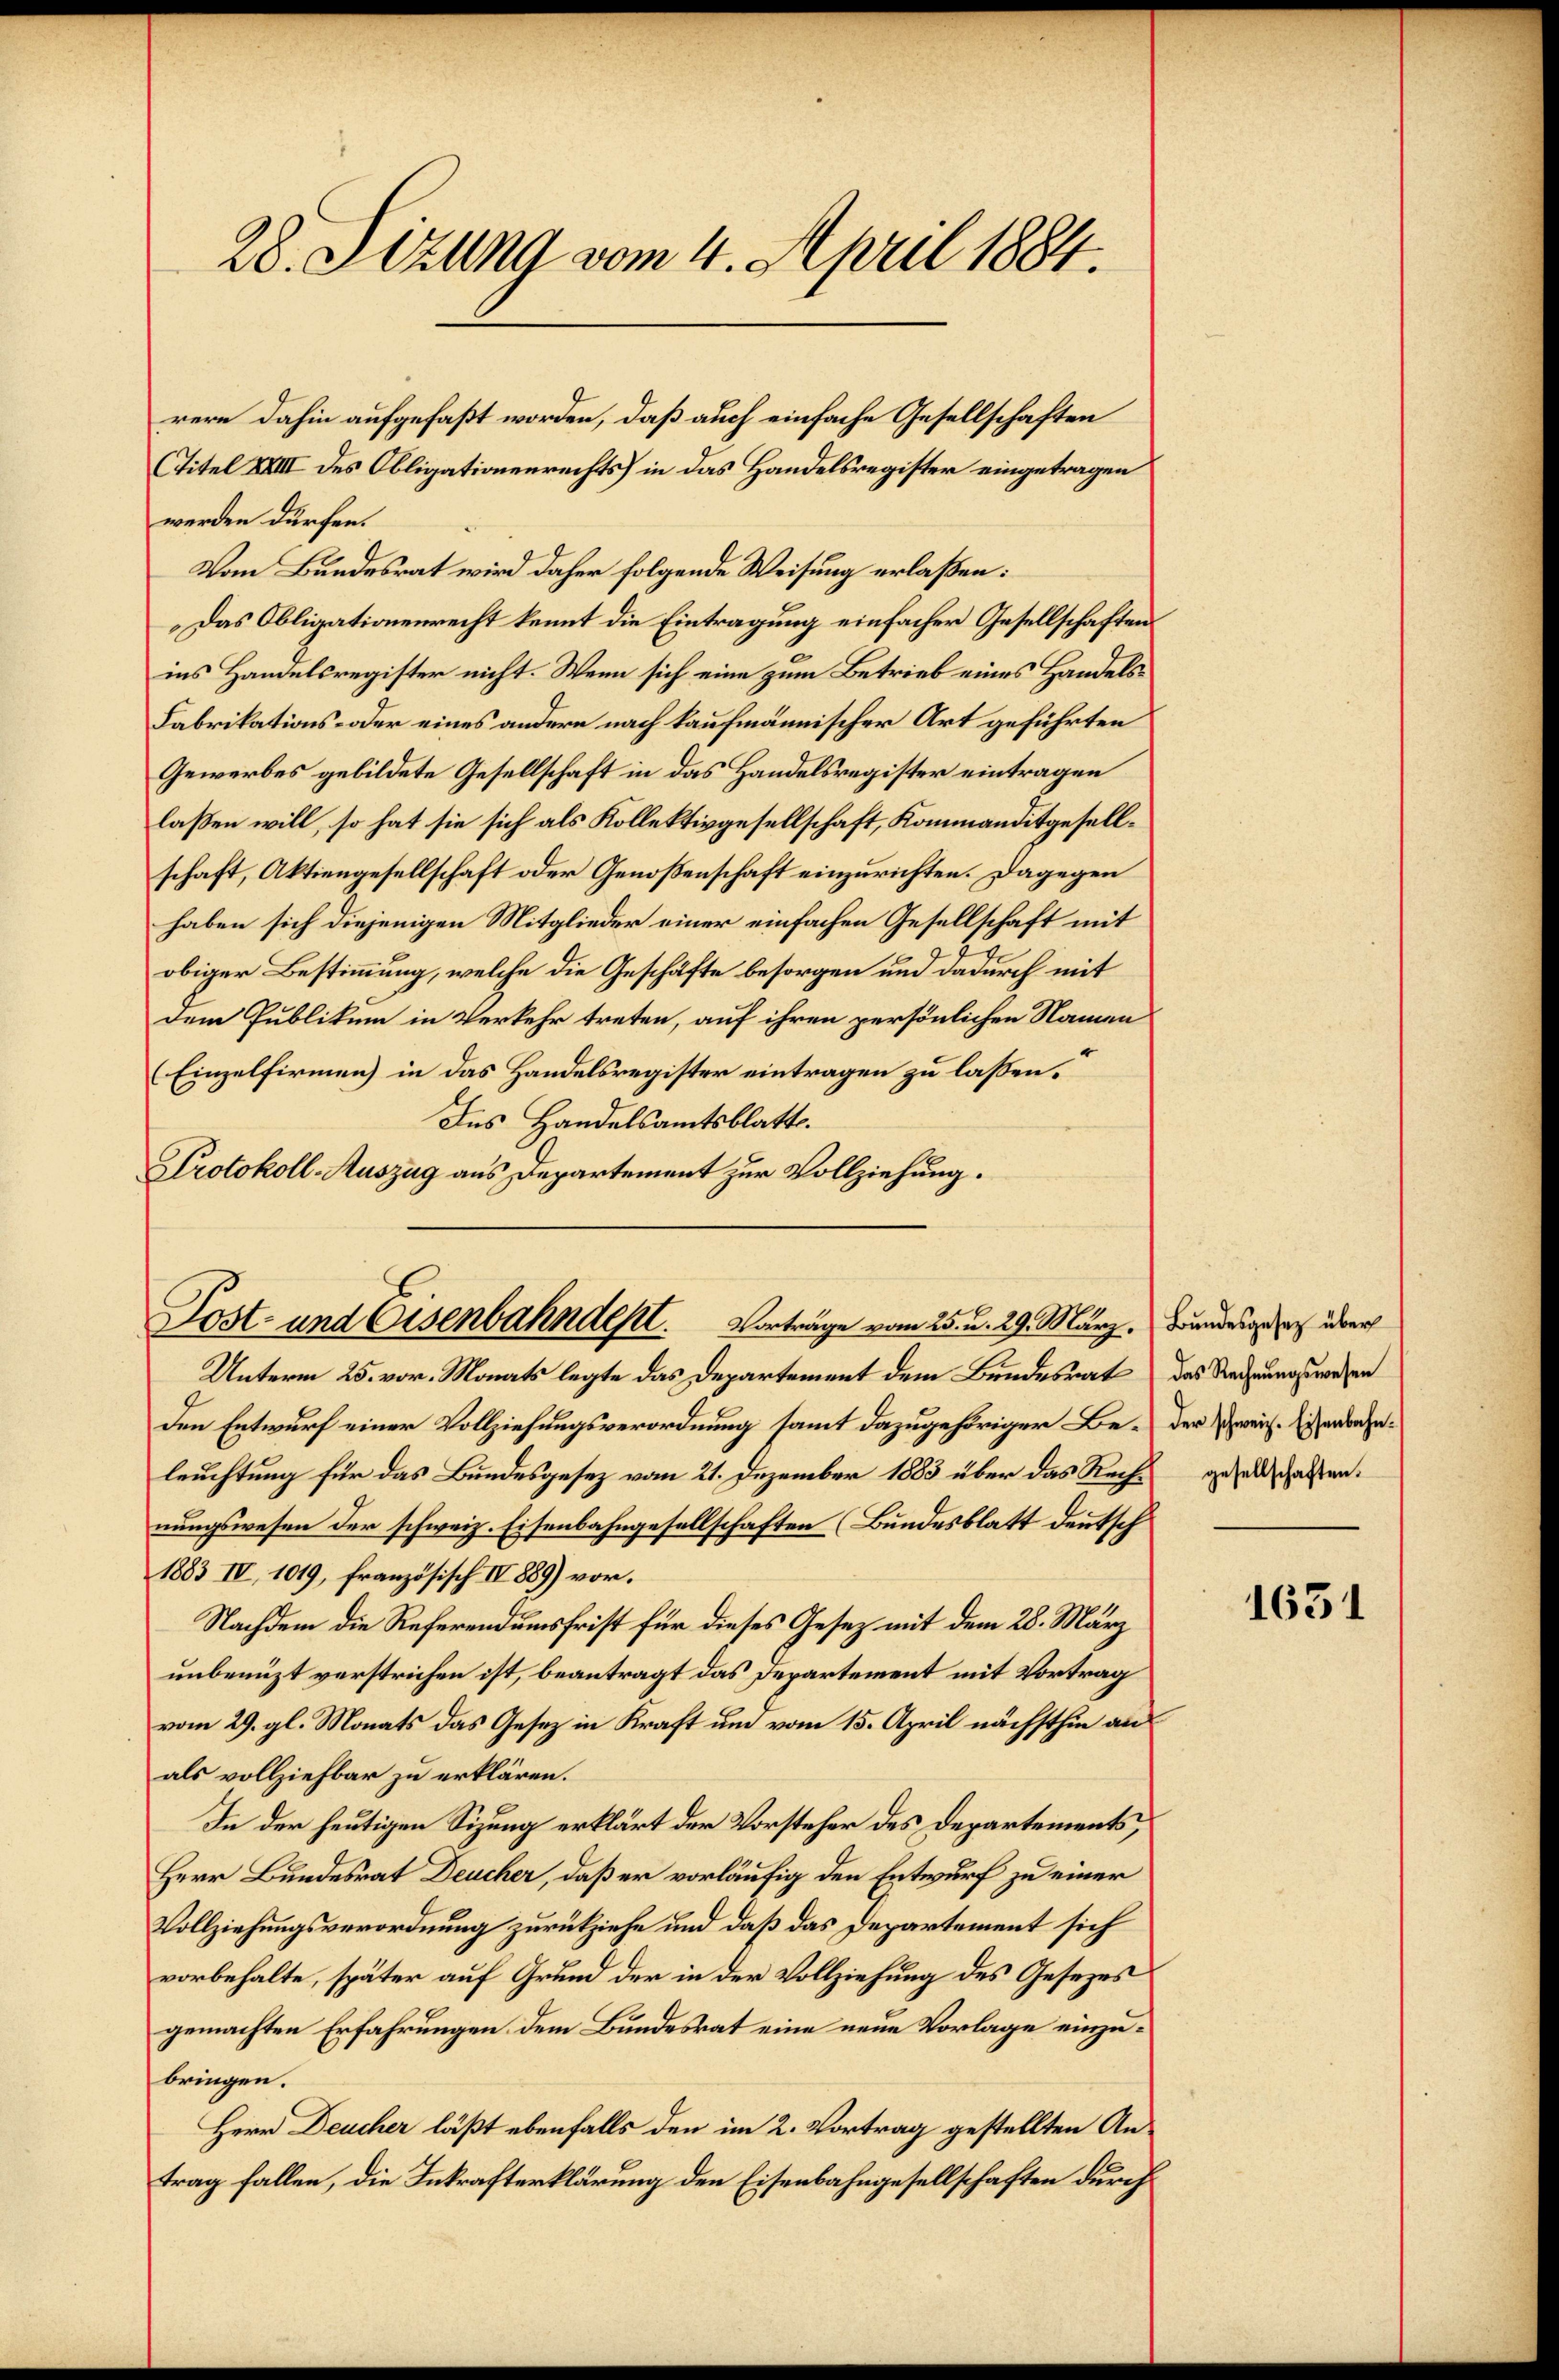
28. Setzung vom 4. April 1884.

(Titel XXIII des Obligationenrechts) in das Handelsregister eingetragen
werden dürfen.
Vom Bundesrat wird daher folgende Weisung erlaßen:
Das Obligationenrecht kennt die Eintragung einfacher Gesellschaften
ins Handelsregister nicht. Wenn sich eine zum Betrieb eines Handels¬
Fabrikations- oder eines andere nach kaufmännischer Art geführten
Gewerbes gebildete Gesellschaft in das Handelsregister eintragen
laßen will, so hat sie sich als Kollektivgesellschaft, Kommanditgesellschaft, Aktiengesellschaft oder Genoßenschaft einzurichten. Dagegen
haben sich diejenigen Mitglieder einer einfachen Gesellschaft mit
obiger Bestimmung, welche die Geschäfte besorgen und dadurch mit
dem Publikum in Verkehr treten, auf ihren persönlichen Namen
Einzelfirmen) in das Handelsregister eintragen zu lassen.
Ins Handelsamtsblatte.
Protokoll-Auszug aus Departement zur Vollziehung.

Post- und Eisenbahndept. Vorträge vom 25. u. 29. März. Bundesgeses über

Unterm 25. vor. Monats legte das Departement dem Bundesrat das Rechnungswesen
den Entwurf einer Vollziehungsverordnung samt dazugehöriger Be- der Zweig. Eisenbahnleuchtung für das Bundesgesez vom 21. Dezember 1883 über das Recht gesellschaffen.
nungswesen der schweiz. Eisenbahngesellschaften (Bundesblatt deutsch
1883 IV, 1019, französisch IV 889) vor.
Nachdem die Referendumsfrist für dieses Gesez mit dem 28. März
unbenuzt verstrichen ist, beantragt das Departement mit Vortrag
vom 29. gl. Monats das Gesetz in Kraft und vom 15. April nächsthin an
als vollziehbar zu erklären.
In der heutigen Sizung erklärt der Vorsteher des Departements,
Herr Bundesrat Deucher, daß er vorläufig den Entwurf zu einer
Vollziehungsverordnung zurückziehe und daß das Departement sich
vorbehalte, später auf Grund der in der Vollziehung des Gesezes
gemachten Erfahrungen dem Bundesrat eine neue Vorlage einzubringen.
Herr Deucher läßt ebenfalls den im 2. Vortrag gestellten Antrag fallen, die Inkrafterklärung den Eisenbahngesellschaften durch

rere dahin aufgefaßt worden, daß auch einfache Gesellschaften

1631